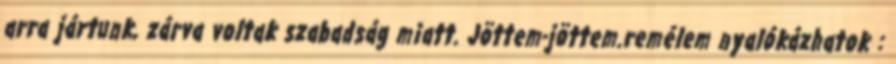
arra jártunk, zárva voltak szabadság miatt. Jöttem-jöttem.remélem nyalókázhatok :